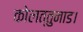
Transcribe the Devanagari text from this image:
कोलत्तुनाड।